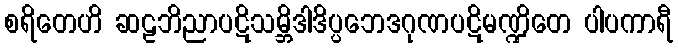
စရိတေဟိ ဆဠဘိညာပဋိသမ္ဘိဒါဒိပ္ပဘေဒဂုဏပဋိမဏ္ဍိတေ ပါပကာရီ